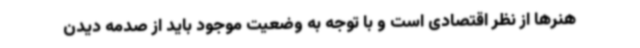
هنرها از نظر اقتصادی است و با توجه به وضعیت موجود باید از صدمه دیدن